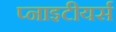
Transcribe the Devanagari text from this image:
प्नाइटीयर्स